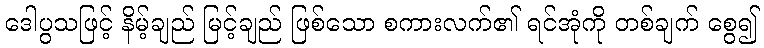
ဒေါပွသဖြင့် နိမ့်ချည် မြင့်ချည် ဖြစ်သော စကားလက်၏ ရင်အုံကို တစ်ချက် စွေ၍